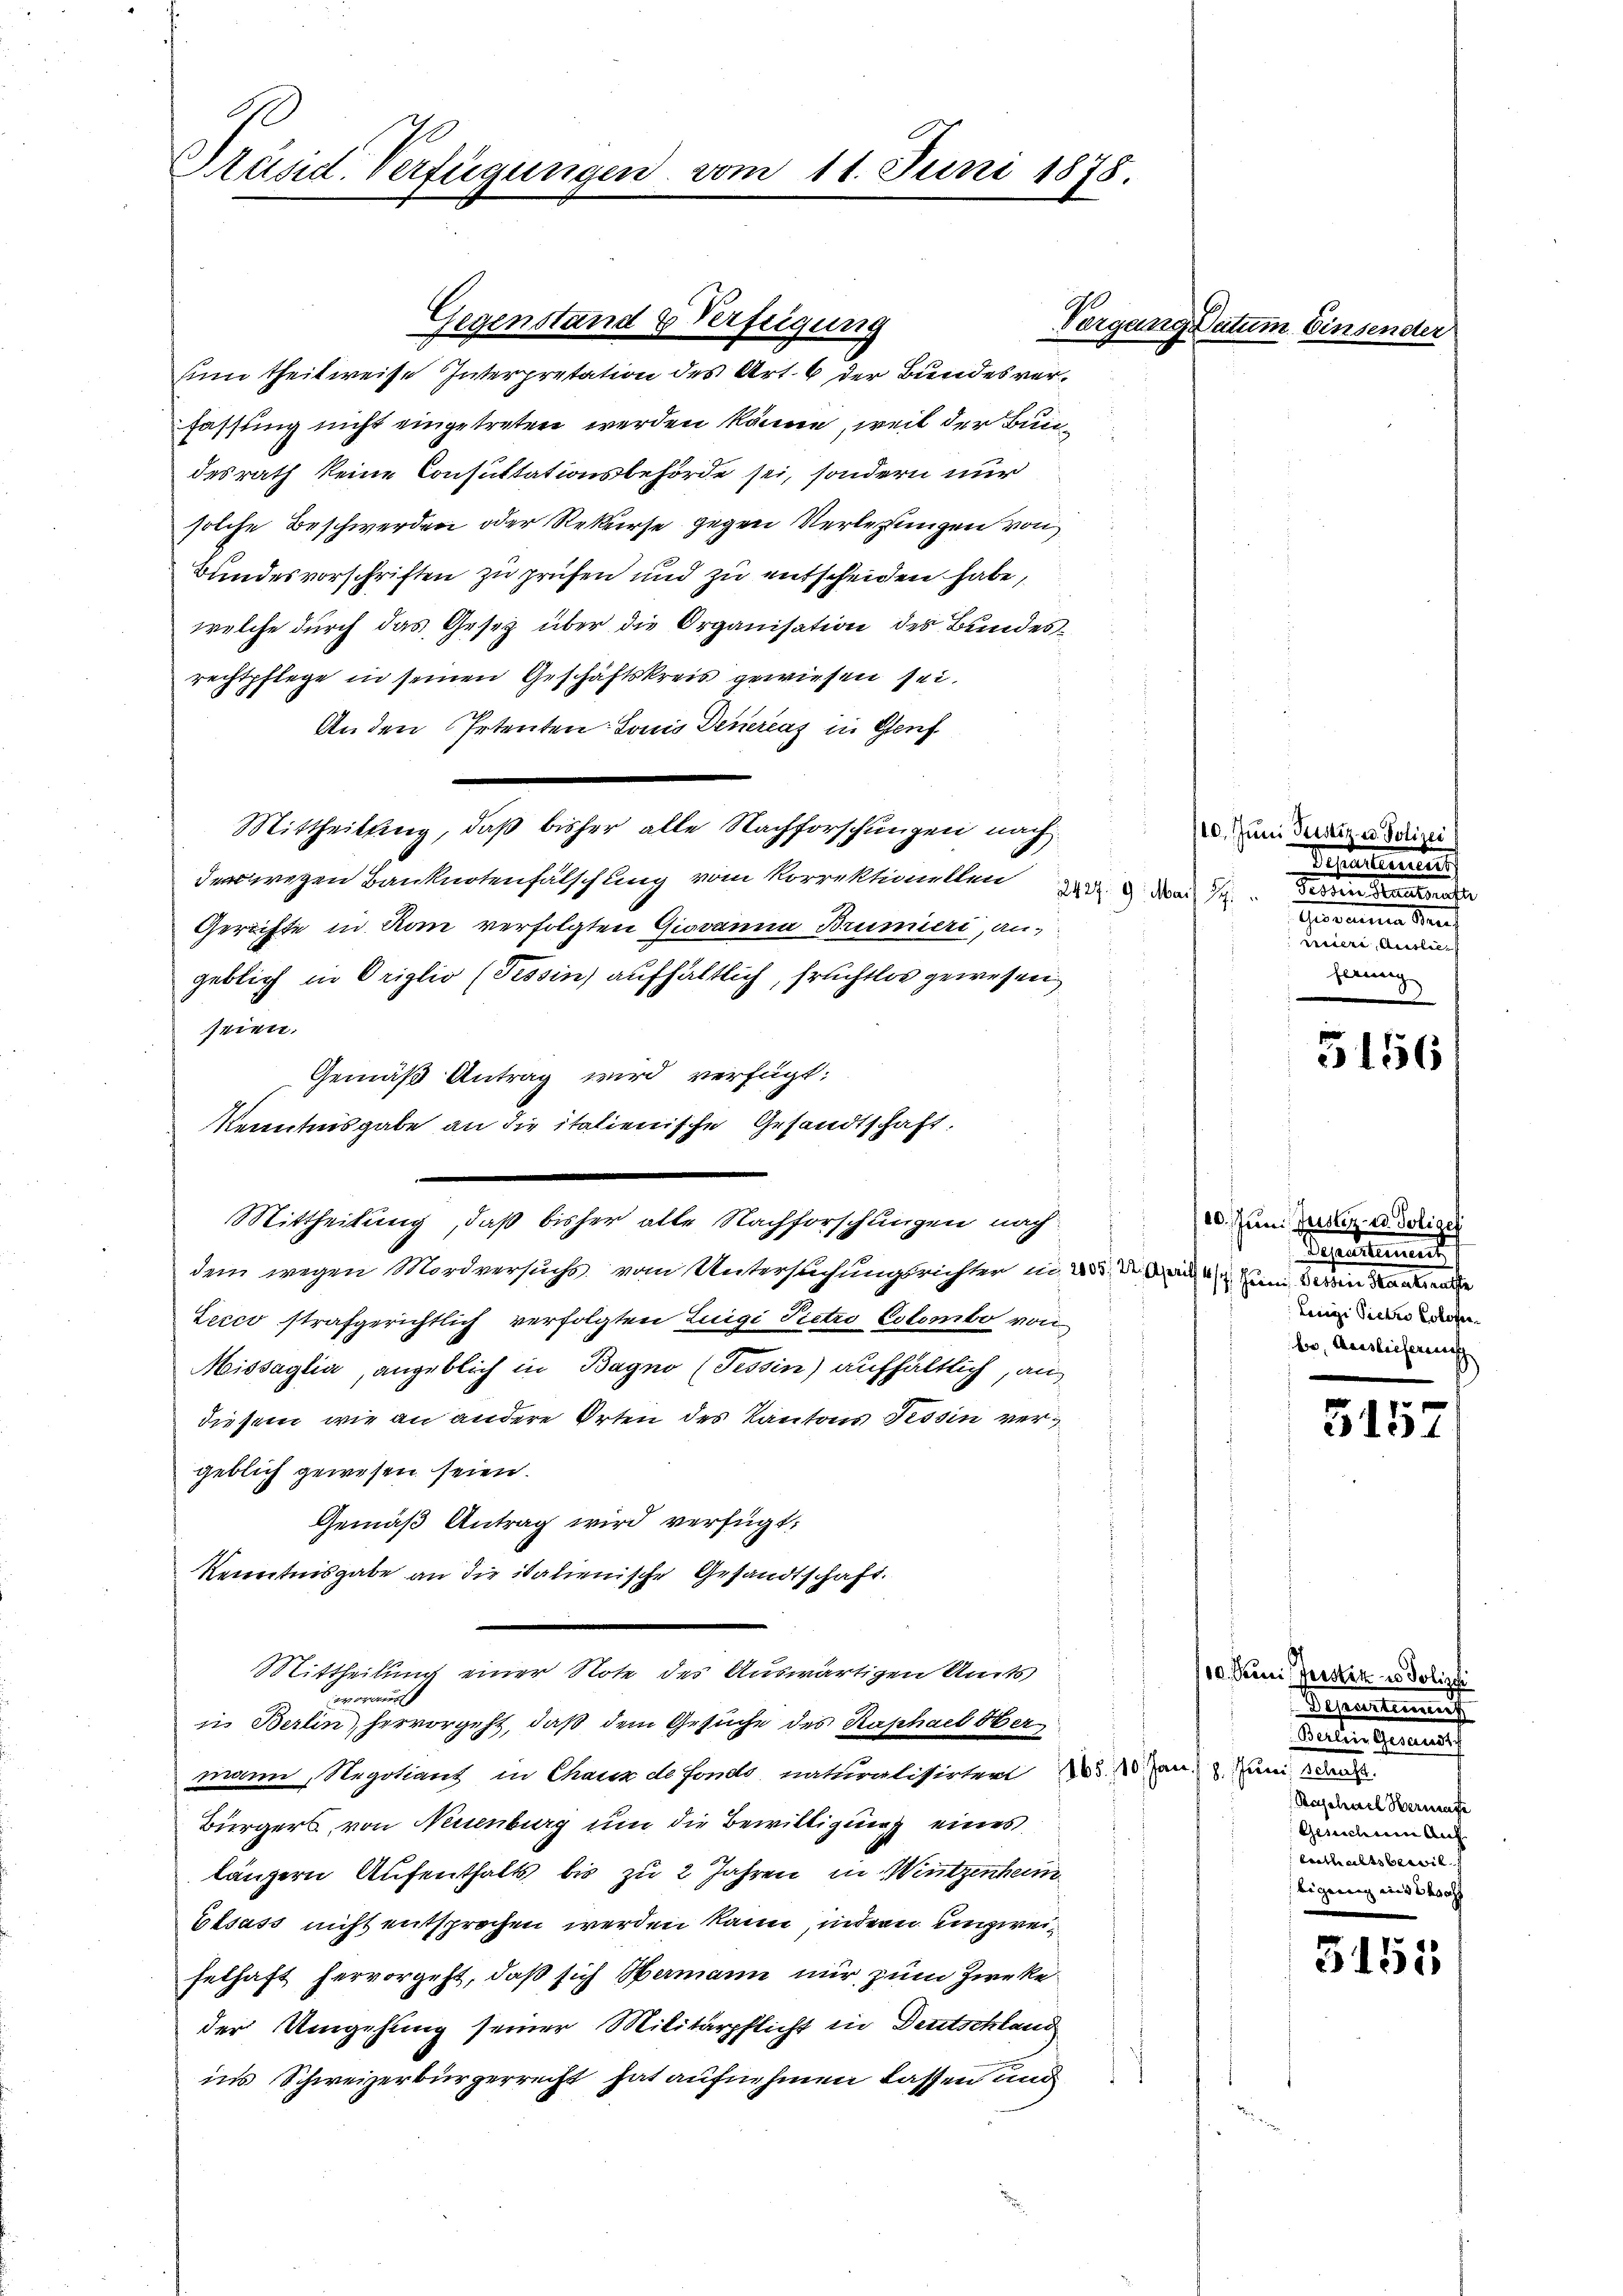
Präsid. Verfügunger

Gegenstand Verfügung

Kenntnisgabe an die italienische Gesandtschaft.
Mittheilung, daß bisher alle Nachforschungen nach

11. Juni 1878.

sim theilweise Interpretation des Art. 6 der Bundesverfassung nicht eingetreten werden könne, weil der Bundesrath keine Consultationsbehörde sei, sondern nur
solche Beschwerden oder Rekurse gegen Verlegungen von
Bundesvorschriften zu prüfen und zu entscheiden habe,
welche durch das Gesetz über die Organisation des Bundesrechtpflege in seinen Geschäftskreis gewiesen sei.
Anden Petenten: Louis Deuerenz in Genf
Mittheilung, daß bisher alle Nachforschungen nach
deswegen Banknotenfalschling vom Korrektionellen d. d. der
Gerichte in Rom verfolgten Giovanna Brumieri, angeblich in Origlio (Tessin) aufhältlich, fruchtlos gewesen
seien.
Gemäß Antrag wird verfügt:
dem wegen Mordversuchs vom Untersuchungsrichter in 20. Der Bau zum Berein Kanale
Lecco strafgerichtlich verfolgten Luigi Pietro Colombo von
Missaglia, angeblich in Bagno (Tessin) aufhältlich, an
diesem wie an andere Orten des Kantons Tessin vergeblich gewesen seien.
Gemäß Antrag wird verfügt:
Kenntnisgabe an die italienische Gesandtschaft.
Mittheilung einer Note des Auswärtigen Amts
vorauss
in Berlin hervorgeht, daß dem Gesuche des Raphael Ober
mann, Negotiant in Chaux de fondo naturalisirten Nr. 10. Jan. an den
Bürgers von Neuenburg um die Bewilligung eines
längern Aufenthalts bis zu 2 Jahren, in Wintzenhaus
Elsass nicht entsprochen werden kann, indern unzweifelhaft hervorgeht, daß sich Hermann nur zum Zwecke
der Umgehung seiner Militärpflicht in Deutschland
ins Schweizerbürgerrecht hat aufnehmen lassen und

Vorgang datum Einser

110. Juni Justiz- u. Polizei
Testamenten.
Genraine Nach
brennen einen
ferung

5156

10. Juni Justiz- u. Polize
Sissions
Lesige Pickro Coloser
br, Auslieferenisch

515

0. Peini, Jerstik es Polizei
Separtenauf
Dinten Genera
Raschael Hermate
Gesuchen Auf
benthaltsbewil
bigung in 3 Stoff

5155